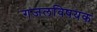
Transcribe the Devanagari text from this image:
गजलविषयक